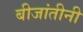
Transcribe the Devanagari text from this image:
बीजांतीनी